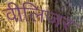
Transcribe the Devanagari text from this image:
वीलिजर